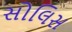
સોલિસ